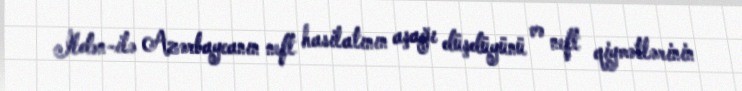
İldən-ilə Azərbaycanın neft hasilatının aşağı düşdüyünü və neft qiymətlərinin